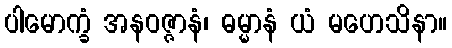
ပါမောက္ခံ အနဝဇ္ဇာနံ၊ ဓမ္မာနံ ယံ မဟေသိနာ။